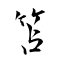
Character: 笘